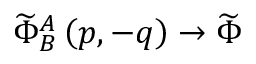
\widetilde { \Phi } _ { B } ^ { A } \left( p , - q \right) \rightarrow \widetilde { \Phi }